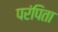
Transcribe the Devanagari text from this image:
परंपिता